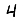
Digit: 4